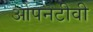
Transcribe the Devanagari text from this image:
ओपनटीवी